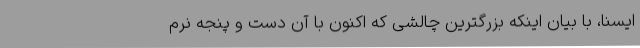
ایسنا، با بیان اینکه بزرگترین چالشی که اکنون با آن دست و پنجه نرم